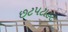
છટપટાહટ